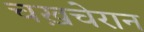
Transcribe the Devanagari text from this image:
चख़चेरान